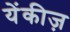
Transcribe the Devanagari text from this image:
येंकीज़